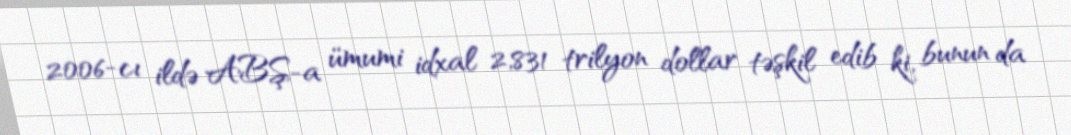
2006-cı ildə ABŞ-a ümumi idxal 2,831 trilyon dollar təşkil edib ki, bunun da